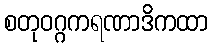
စတုဝဂ္ဂကရဏာဒိကထာ